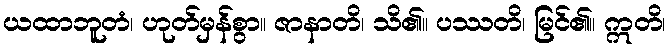
ယထာဘူတံ၊ ဟုတ်မှန်စွာ။ ဇာနာတိ၊ သိ၏။ ပဿတိ၊ မြင်၏။ ဣတိ၊